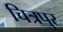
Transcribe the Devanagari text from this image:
चित्रपुर